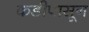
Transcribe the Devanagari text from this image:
कडीपासून